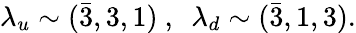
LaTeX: \lambda_{u}\sim(\bar{3},3,1)\ ,\ \ \lambda_{d}\sim(\bar{3},1,3).